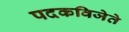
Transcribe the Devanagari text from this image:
पदकविजेते